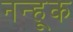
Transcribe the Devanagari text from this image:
नन्हूक